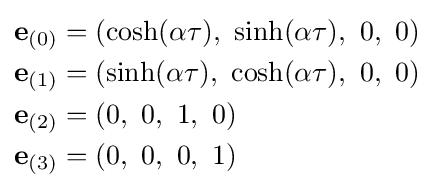
{\begin{aligned}\mathbf {e} _{(0)}&=(\cosh(\alpha \tau ),\ \sinh(\alpha \tau ),\ 0,\ 0)\\\mathbf {e} _{(1)}&=(\sinh(\alpha \tau ),\ \cosh(\alpha \tau ),\ 0,\ 0)\\\mathbf {e} _{(2)}&=(0,\ 0,\ 1,\ 0)\\\mathbf {e} _{(3)}&=(0,\ 0,\ 0,\ 1)\end{aligned}}